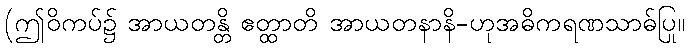
(ဤဝိကပ်၌ အာယတန္တိ ဧတ္ထာတိ အာယတနာနိ-ဟုအဓိကရဏသာဓ်ပြု။